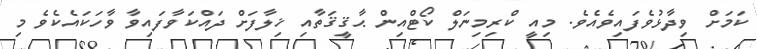
ކަމަށް ވިދާޅުވެފައިވެއެވެ. މިއީ ކްރިމިނަލް ކޯޓްއިން ޙާޤީޤަތާއި ޚިިލާފަށް ދައްކަވާފައިވާ ވާހަކައެކެވެ މި